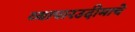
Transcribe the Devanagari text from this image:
व्यापारउदीमाचे